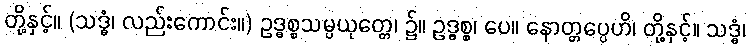
တို့နှင့်။ (သဒ္ဓံ၊ လည်းကောင်း။) ဥဒ္ဓစ္စသမ္ပယုတ္တေ၊ ၌။ ဥဒ္ဓစ္စ၊ ပေ။ နောတ္တပ္ပေဟိ၊ တို့နှင့်။ သဒ္ဓံ၊